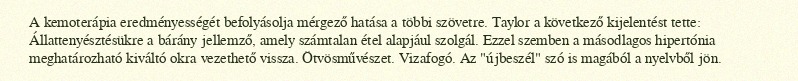
A kemoterápia eredményességét befolyásolja mérgező hatása a többi szövetre. Taylor a következő kijelentést tette: Állattenyésztésükre a bárány jellemző, amely számtalan étel alapjául szolgál. Ezzel szemben a másodlagos hipertónia meghatározható kiváltó okra vezethető vissza. Ötvösművészet. Vizafogó. Az "újbeszél" szó is magából a nyelvből jön.